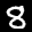
Label: 8